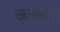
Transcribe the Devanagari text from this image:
खंडकार